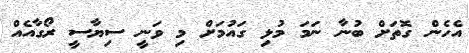
އެހެން ގޮތަށް ބުނާ ނަމަ މުޅި ގައުމަށް މި ވަނީ ސިޔާސީ ރޯގާއެއް